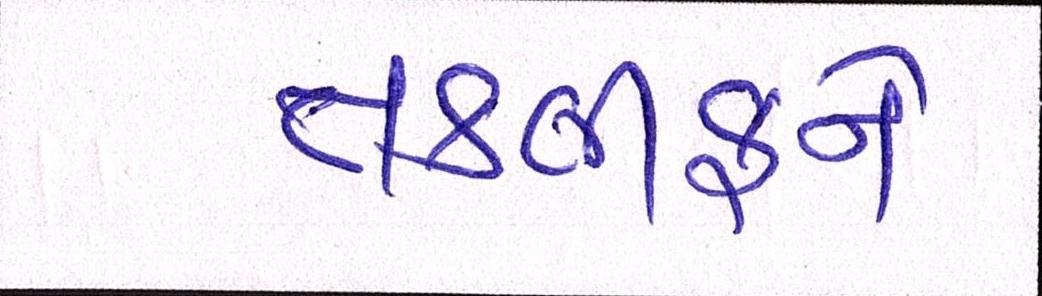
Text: તકલીફને